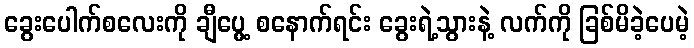
ခွေးပေါက်စလေးကို ချီပွေ့ စနောက်ရင်း ခွေးရဲ့သွားနဲ့ လက်ကို ခြစ်မိခဲ့ပေမဲ့